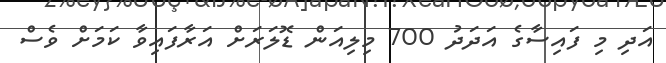
އަދި މި ފައިސާގެ އަަދަދު 700 މިލިއަން ޑޮލަރަށް އަރާފައިވާ ކަމަށް ވެސް